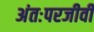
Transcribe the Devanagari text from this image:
अंतःपरजीवी